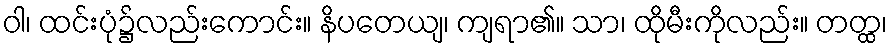
ဝါ၊ ထင်းပုံ၌လည်းကောင်း။ နိပတေယျ၊ ကျရာ၏။ သာ၊ ထိုမီးကိုလည်း။ တတ္ထ၊